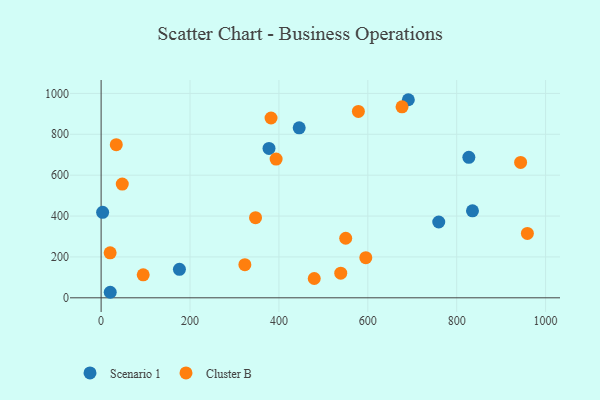
{"axis": {"x": "Engine Size", "y": "Fuel Efficiency"}, "legend": ["Cluster B", "Scenario 1"], "data": [{"x": "3.4", "y": 418.2, "type": "Scenario 1"}, {"x": "20.5", "y": 27.1, "type": "Scenario 1"}, {"x": "827.3", "y": 687.1, "type": "Scenario 1"}, {"x": "759.6", "y": 370.9, "type": "Scenario 1"}, {"x": "445.6", "y": 831.7, "type": "Scenario 1"}, {"x": "835.5", "y": 425.5, "type": "Scenario 1"}, {"x": "691.2", "y": 969.1, "type": "Scenario 1"}, {"x": "377.7", "y": 730.9, "type": "Scenario 1"}, {"x": "176.2", "y": 139.5, "type": "Scenario 1"}, {"x": "34.1", "y": 749.4, "type": "Cluster B"}, {"x": "550.3", "y": 291.5, "type": "Cluster B"}, {"x": "347.4", "y": 391.9, "type": "Cluster B"}, {"x": "393.7", "y": 678.7, "type": "Cluster B"}, {"x": "943.8", "y": 662.3, "type": "Cluster B"}, {"x": "382.3", "y": 879.7, "type": "Cluster B"}, {"x": "323.4", "y": 162.2, "type": "Cluster B"}, {"x": "479.5", "y": 94.5, "type": "Cluster B"}, {"x": "578.8", "y": 911.9, "type": "Cluster B"}, {"x": "677.0", "y": 934.5, "type": "Cluster B"}, {"x": "959.0", "y": 315.0, "type": "Cluster B"}, {"x": "94.7", "y": 112.7, "type": "Cluster B"}, {"x": "595.5", "y": 196.6, "type": "Cluster B"}, {"x": "539.1", "y": 120.3, "type": "Cluster B"}, {"x": "20.3", "y": 219.9, "type": "Cluster B"}, {"x": "47.6", "y": 556.2, "type": "Cluster B"}]}